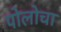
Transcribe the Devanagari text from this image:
पोलोचा